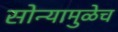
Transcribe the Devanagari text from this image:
सोन्यामुळेच